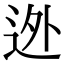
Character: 迯